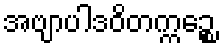
အဗျာပါဒဝိတက္ကဉ္စေ